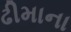
ઢીમાના